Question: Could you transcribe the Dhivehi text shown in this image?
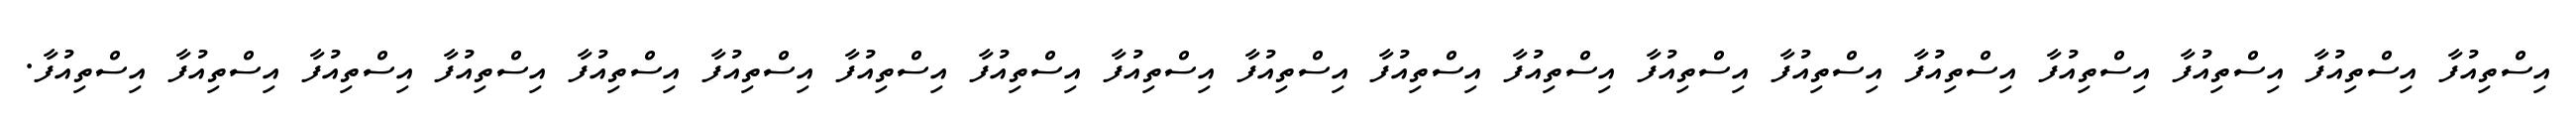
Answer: އިސްތިއުފާ އިސްތިއުފާ އިސްތިއުފާ އިސްތިއުފާ އިސްތިއުފާ އިސްތިއުފާ އިސްތިއުފާ އިސްތިއުފާ އިސްތިއުފާ އިސްތިއުފާ އިސްތިއުފާ އިސްތިއުފާ އިސްތިއުފާ އިސްތިއުފާ އިސްތިއުފާ އިސްތިއުފާ އިސްތިއުފާ އިސްތިއުފާ އިސްތިއުފާ.